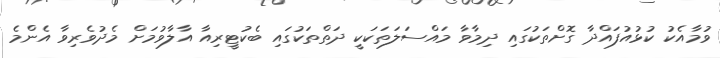
ވުމާއެކު ކުޅުއުފައްދާ ގޮށްތަކުގައި ދިމާވާ މައްސަލަތަކަކީ ދަތްތަކުގައި ބެކުޓީރިއާ އާލާވުމަށް މެދުވެރިވާ އެންމެ